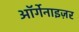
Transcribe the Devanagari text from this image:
ऑर्गेनाइज़र